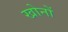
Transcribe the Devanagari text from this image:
खोनों